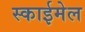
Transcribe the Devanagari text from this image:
स्काईमेल